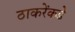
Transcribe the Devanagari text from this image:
ठाकरेंकडे